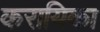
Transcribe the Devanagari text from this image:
करायिका